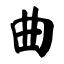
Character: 曲